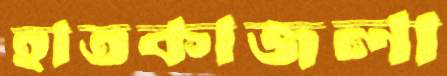
হাতকাজলা